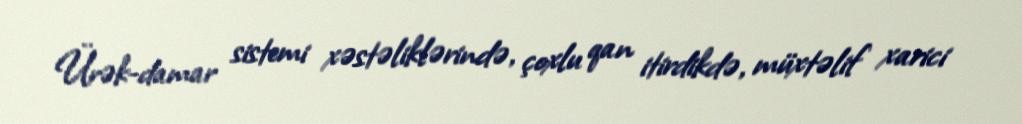
Ürək-damar sistemi xəstəliklərində, çoxlu qan itirdikdə, müxtəlif xarici